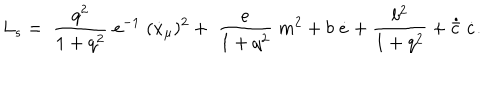
L _ { s } = \; \frac { q ^ { 2 } } { 1 + q ^ { 2 } } \; e ^ { - 1 } \; ( \dot { x } _ { \mu } ) ^ { 2 } + \; \frac { e } { 1 + q ^ { 2 } } \; m ^ { 2 } + b \; \dot { e } + \frac { b ^ { 2 } } { 1 + q ^ { 2 } } + \dot { \bar { c } } \; \dot { c } .